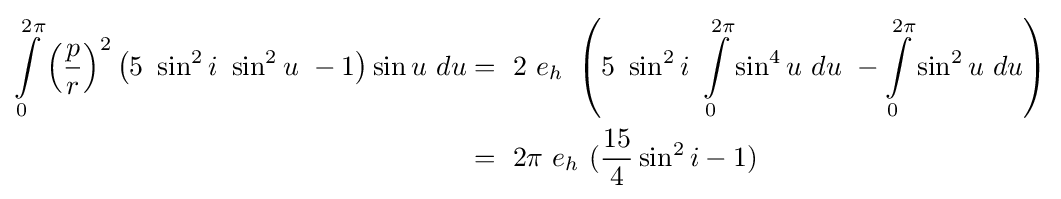
{\begin{aligned}\int \limits _{0}^{2\pi }{\left({\frac {p}{r}}\right)}^{2}\left(5\ \sin ^{2}i\ \sin ^{2}u\ -1\right)\sin u\ du&=\ 2\ e_{h}\ \left(5\ \sin ^{2}i\ \int \limits _{0}^{2\pi }\sin ^{4}u\ du\ -\int \limits _{0}^{2\pi }\sin ^{2}u\ du\right)\\&=\ 2\pi \ e_{h}\ ({\frac {15}{4}}\sin ^{2}i-1)\end{aligned}}